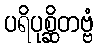
ပရိပုစ္ဆိတဗ္ဗံ